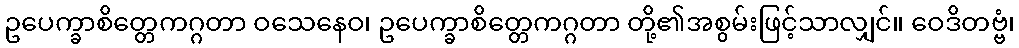
ဥပေက္ခာစိတ္တေကဂ္ဂတာ ဝသေနေဝ၊ ဥပေက္ခာစိတ္တေကဂ္ဂတာ တို့၏အစွမ်းဖြင့်သာလျှင်။ ဝေဒိတဗ္ဗံ၊